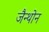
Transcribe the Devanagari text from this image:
जैन्थोन